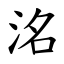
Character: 洺